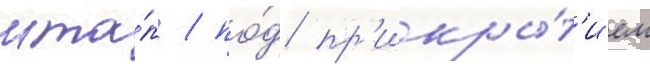
мта́п / по́д пр'икры́т'ием